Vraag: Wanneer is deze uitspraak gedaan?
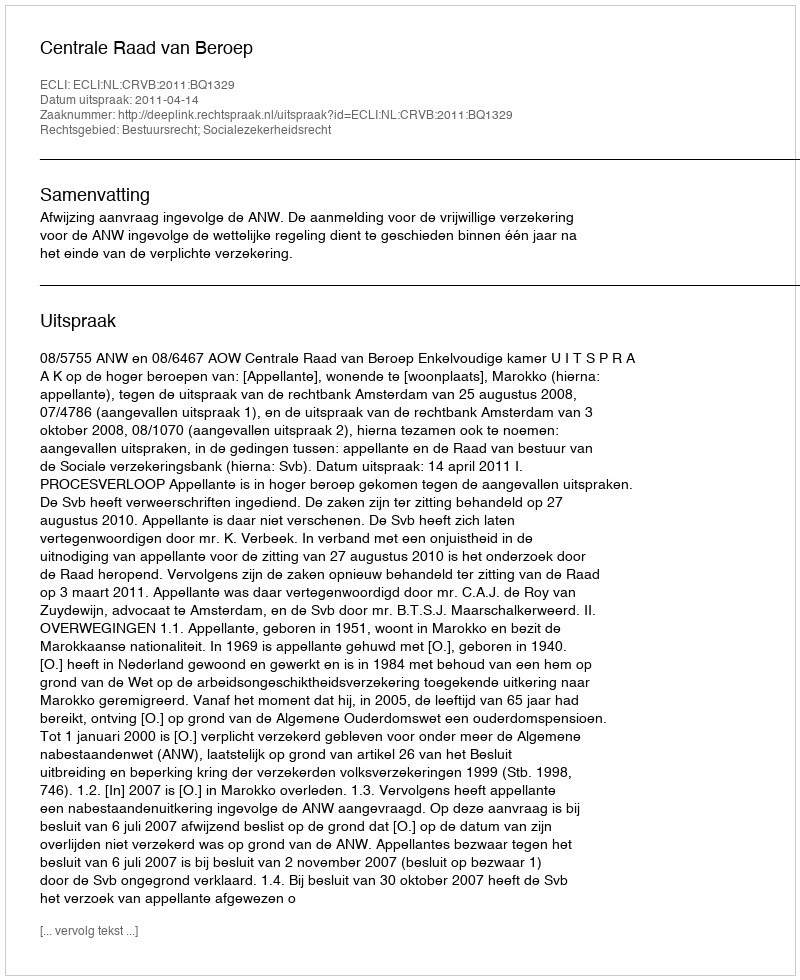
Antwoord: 2011-04-14